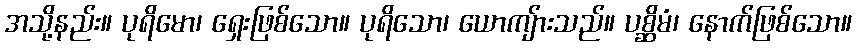
အသို့နည်း။ ပုရိမော၊ ရှေးဖြစ်သော။ ပုရိသော၊ ယောကျ်ားသည်။ ပစ္ဆိမံ၊ နောက်ဖြစ်သော။